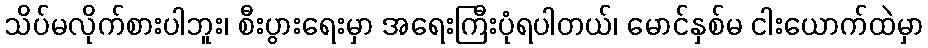
သိပ်မလိုက်စားပါဘူး၊ စီးပွားရေးမှာ အရေးကြီးပုံရပါတယ်၊ မောင်နှစ်မ ငါးယောက်ထဲမှာ